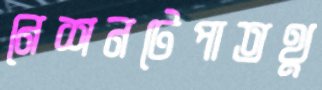
নেশনটেপাতথু